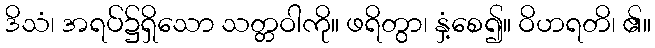
ဒိသံ၊ အရပ်၌ရှိသော သတ္တဝါကို။ ဖရိတွာ၊ နှံ့စေ၍။ ဝိဟရတိ၊ ၏။